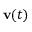
\mathbf { v } ( t )